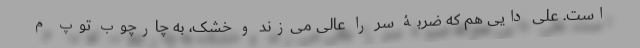
است. علی دایی هم که ضربۀ سر را عالی می‌زند و خشک، به چارچوب توپ م